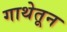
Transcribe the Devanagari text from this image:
गाथेतून